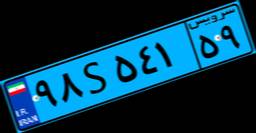
۱۶S۷۲۴۹۵